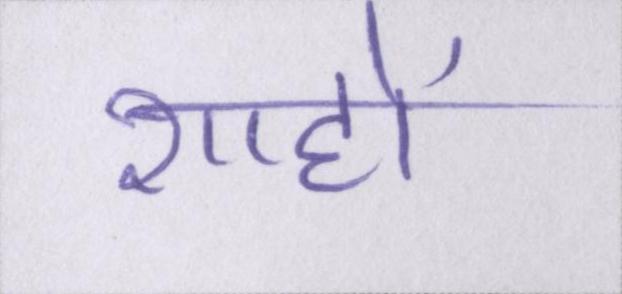
शाहों